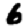
Digit: 6